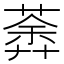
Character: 𦹍